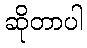
ဆိုတာပါ